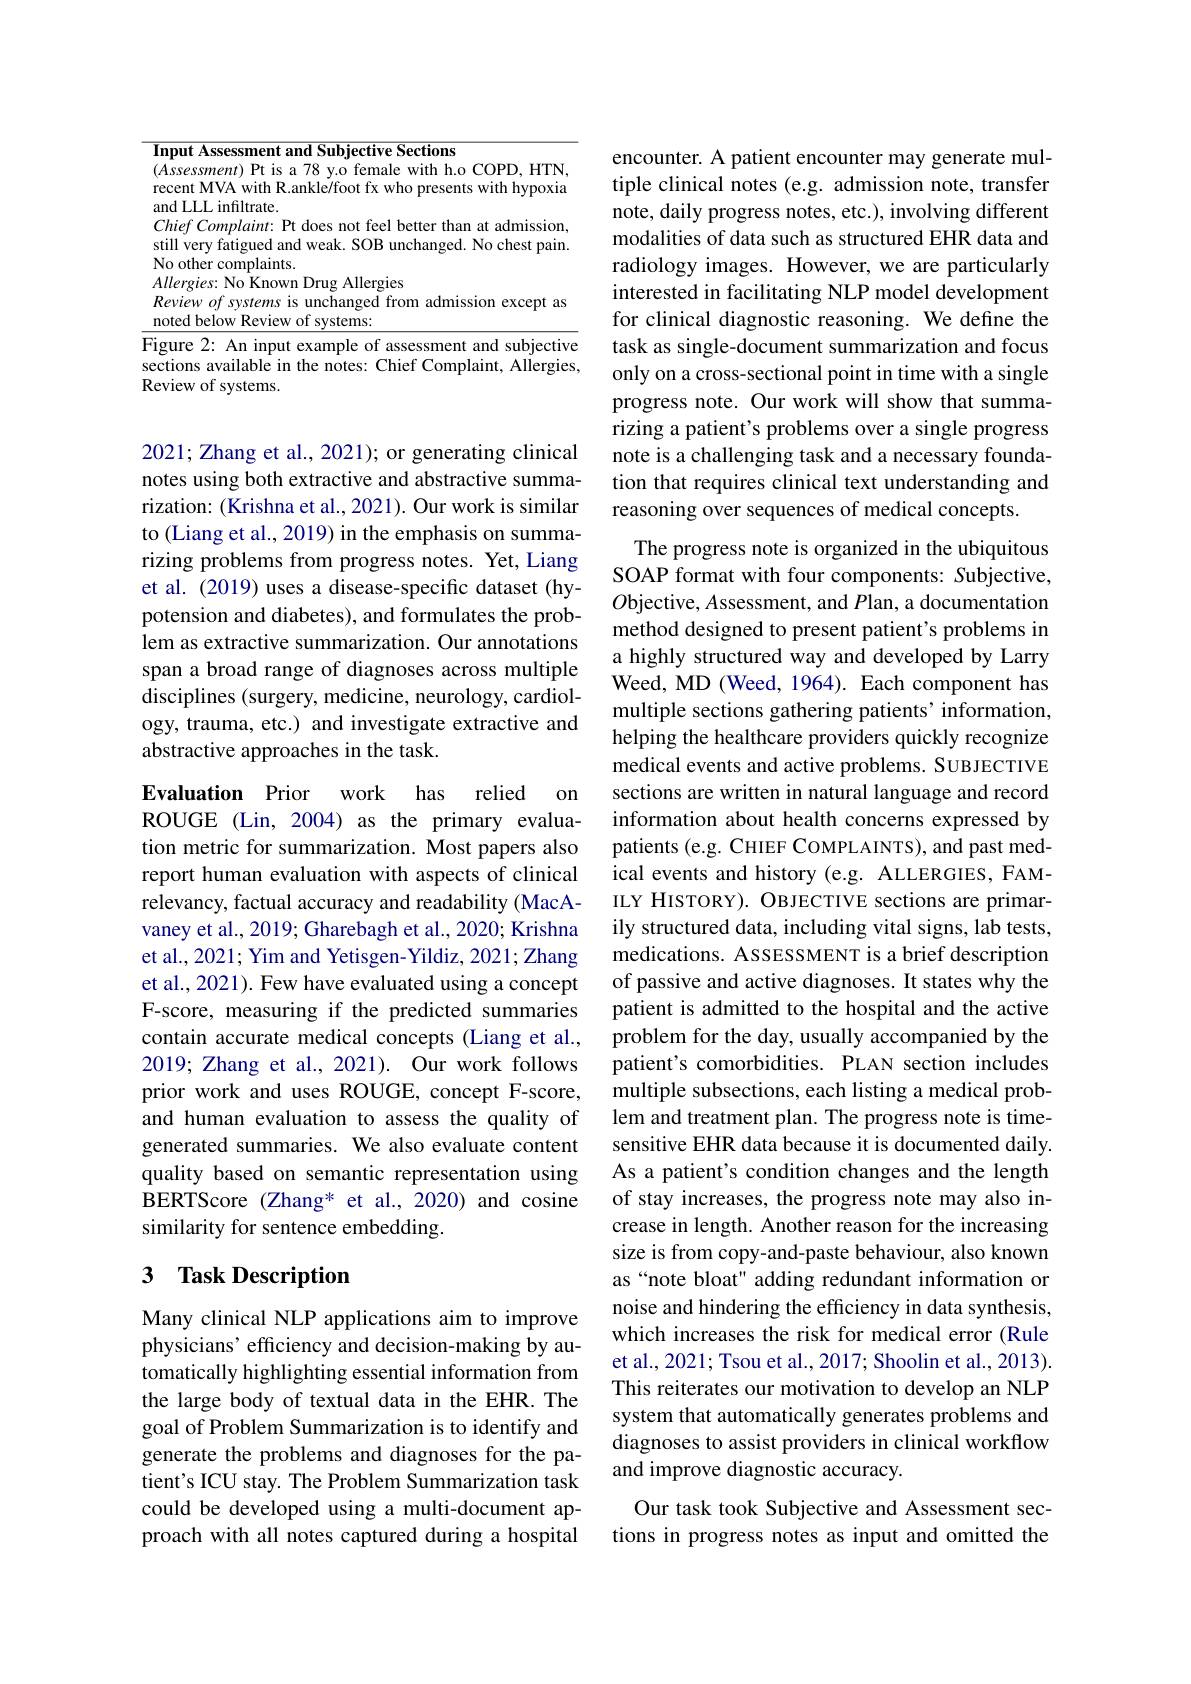
<table>
	<tbody>
		<tr>
			<td>1 r</td>
			<td>$rgies:$ No Known Drug Allergies iewofsystems is unchanged from admission except as d below Review of systems:</td>
		</tr>
	</tbody>
</table>

sections available in the notes: Chief Complaint, Allergies,
Review of systems.

2021; Zhang et al., 2021); or generating clinical notes using both extractive and abstractive summarization: (Krishna et al., 2021). Our work is similar to (Liang et al., 2019) in the emphasis on summarizing problems from progress notes. Yet, Liang et al. (2019) uses a disease-specific dataset (hypotension and diabetes), and formulates the problem as extractive summarization. Our annotations lenl as extlacuve summarzation. Our amlotations $\begin{array}{cccccccccccccces}&\text{a highly structured way and developed by Larry}\\\text{span a broad range of diagnoses across multiple}&\text{Weed MD Weed 1964) Each comnonent bas}\end{array}$
disciplines (surgery, medicine, neurology, cardiology, trauma, etc.) and investigate extractive and abstractive approaches in the task.

Evaluation Prior work has relied on

ROUGE (Lin,2004) as the primary evaluation metric for summarization. Most papers also report human evaluation with aspects of clinical relevancy, factual accuracy and readability (MacAvaney et al., 2019; Gharebagh et al., 2020; Krishna et al., 2021; Yim and Yetisgen- Yildiz, 2021; Zhang et al., 2021). Few have evaluated using a concept F-score, measuring if the predicted summaries contain accurate medical concepts (Liang et al., 2019; Zhang et al., 2021). Our work follows prior work and uses ROUGE, concept F-score, and human evaluation to assess the quality of generated summaries. We also evaluate content quality based on semantic representation using BERTScore (Zhang* et al.,2020) and cosine similarity for sentence embedding.

## 3 Task Description

Many clinical NLP applications aim to improve physicians’ efficiency and decision-making by automatically highlighting essential information from the large body of textual data in the EHR. The goal of Problem Summarization is to identify and generate the problems and diagnoses for the patient's ICU stay. The Problem Summarization task could be developed using a multi-document approach with all notes captured during a hospital

encounter. A patient encounter may generate multiple clinical notes (e.g. admission note, transfer note, daily progress notes, etc.), involving different modalities of data such as structured EHR data and radiology images. However, we are particularly interested in facilitating NLP model development for clinical diagnostic reasoning. We define the task as single-document summarization and focus only on a cross-sectional point in time with a single progress note. Our work will show that summarizing a patient's problems over a single progress note is a challenging task and a necessary foundation that requires clinical text understanding and reasoning over sequences of medical concepts.

The progress note is organized in the ubiquitous SOAP format with four components: Subjective, $O$bjective, Assessment, and $P$lan, a documentation method designed to present patient's problems in Weed, MD (Weed, 1964). Each component has multiple sections gathering patients’information, helping the healthcare providers quickly recognize medical events and active problems. SUBJECTIVE sections are written in natural language and record information about health concerns expressed by patients (e.g. CHIEF COMPLAINTS), and past medical events and history (e.g. ALLERGIES, FAMILY HISTORY). OBJECTIVE sections are primarily structured data, including vital signs, lab tests, medications. ASSESSMENT is a brief description of passive and active diagnoses. It states why the patient is admitted to the hospital and the active problem for the day, usually accompanied by the patient's comorbidities. PLAN section includes multiple subsections, each listing a medical problem and treatment plan. The progress note is timesensitive EHR data because it is documented daily. As a patient's condition changes and the length of stay increases, the progress note may also increase in length. Another reason for the increasing size is from copy-and-paste behaviour, also known as“note bloat" adding redundant information or noise and hindering the efficiency in data synthesis, which increases the risk for medical error (Rule et al., 2021; Tsou et al., 2017; Shoolin et al., 2013). This reiterates our motivation to develop an NLP system that automatically generates problems and diagnoses to assist providers in clinical workflow and improve diagnostic accuracy.
Our task took Subjective and Assessment sections in progress notes as input and omitted the